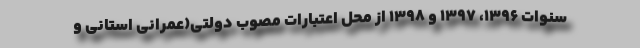
سنوات ۱۳۹۶، ۱۳۹۷ و ۱۳۹۸ از محل اعتبارات مصوب دولتی(عمرانی استانی و